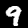
Label: 9